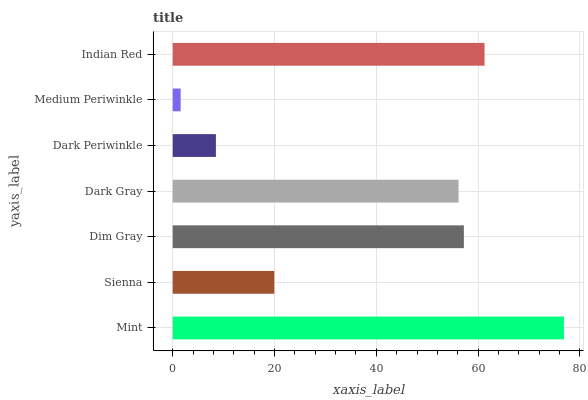
| yaxis_label | bars |
 | --- | --- |
 | Mint | 76.9 |
 | Sienna | 20 |
 | Dim Gray | 57.2 |
 | Dark Gray | 56.2 |
 | Dark Periwinkle | 8.49 |
 | Medium Periwinkle | 1.56 |
 | Indian Red | 61.3 |